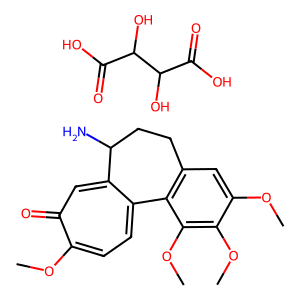
SMILES: COc1cc2c(c(OC)c1OC)-c1ccc(OC)c(=O)cc1C(N)CC2.O=C(O)C(O)C(O)C(=O)O
Inhibits HIV replication: No